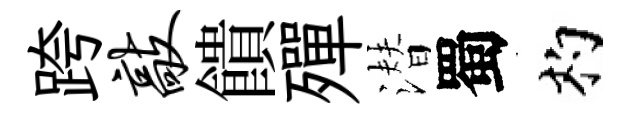
跨敲饋殫潜蜀杓